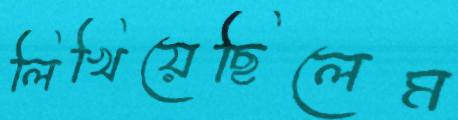
লিখিয়েছিলেম